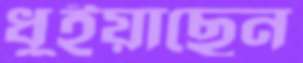
ধুইয়াছেন